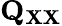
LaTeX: \mathbf{Q}_{\mathbf{XX}}